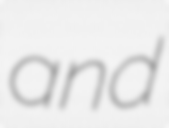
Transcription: and